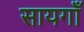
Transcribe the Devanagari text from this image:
सायगाँ